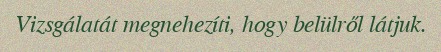
Vizsgálatát megnehezíti, hogy belülről látjuk.